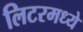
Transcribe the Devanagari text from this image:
लिटरमध्ये